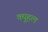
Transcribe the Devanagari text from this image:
क्युहल